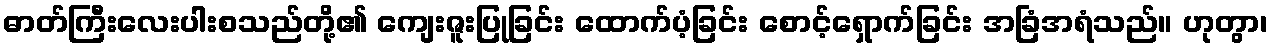
ဓာတ်ကြီးလေးပါးစသည်တို့၏ ကျေးဇူးပြုခြင်း ထောက်ပံ့ခြင်း စောင့်ရှောက်ခြင်း အခြံအရံသည်။ ဟုတွာ၊